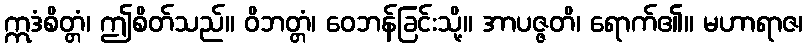
ဣဒံစိတ္တံ၊ ဤစိတ်သည်။ ဝိဘတ္တံ၊ ဝေဘန်ခြင်းသို့။ အာပဇ္ဇတိ၊ ရောက်၏။ မဟာရာဇ၊